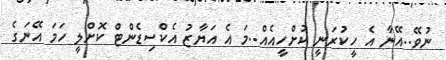
ނުވޭ..އޭނާ އެ ހީކުރަނީ ކުށްހީއެއް..މަ އެ އަޔާޒު އެކްސިޑެންޓް ކޮށްލީ ހަމަ އޭނަގެ